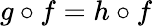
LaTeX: g\circ f=h\circ f